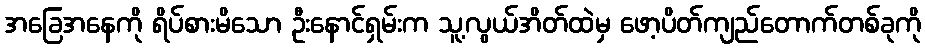
အခြေအနေကို ရိပ်စားမိသော ဦးနောင်ရှမ်းက သူ့လွယ်အိတ်ထဲမှ ဖော့ပိတ်ကျည်တောက်တစ်ခုကို